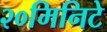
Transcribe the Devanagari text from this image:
२०मिनिटे